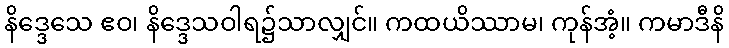
နိဒ္ဒေသေ ဧဝ၊ နိဒ္ဒေသဝါရ၌သာလျှင်။ ကထယိဿာမ၊ ကုန်အံ့။ ကမာဒီနိ